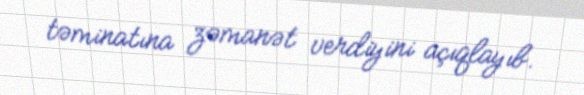
təminatına zəmanət verdiyini açıqlayıb.